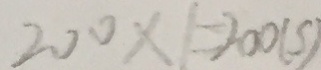
2 0 0 \times 1 = 2 0 0 ( s )